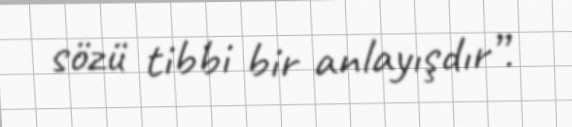
sözü tibbi bir anlayışdır”.